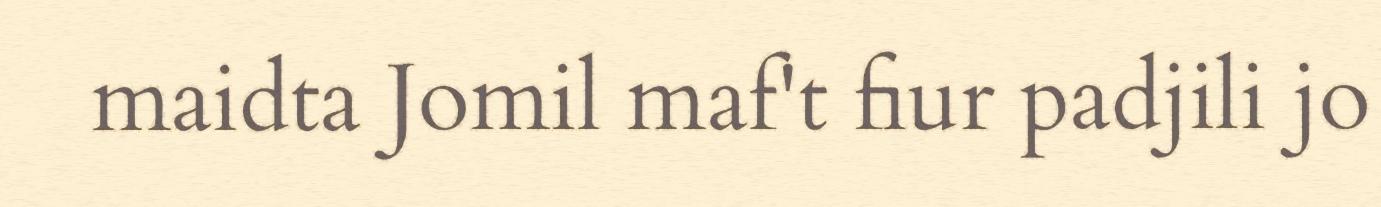
maidta Jomil maf't fiur padjili jo